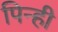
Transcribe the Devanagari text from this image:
पिन्ही